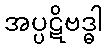
အပ္ပဋိဗဒ္ဓါ